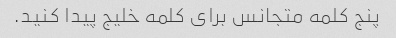
پنج کلمه متجانس برای کلمه خلیج پیدا کنید.